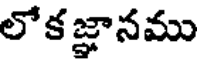
లోకజ్ఞానము